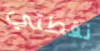
نقطتي